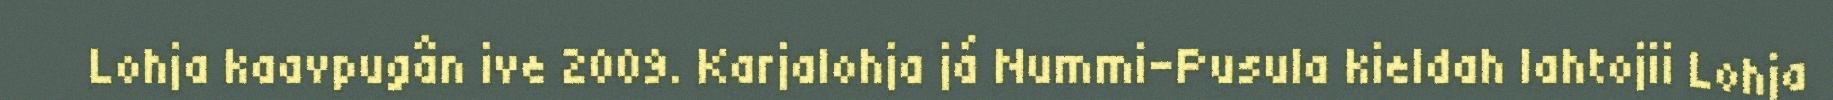
Lohja kaavpugân ive 2009. Karjalohja já Nummi-Pusula kieldah lahtojii Lohja